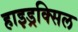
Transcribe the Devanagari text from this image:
हाइड्रक्सिल